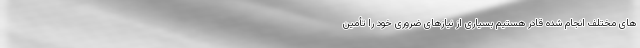
های مختلف انجام شده قادر هستیم بسیاری از نیازهای ضروری خود را تأمین